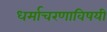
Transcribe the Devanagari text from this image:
धर्माचरणाविषयी